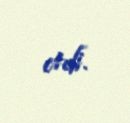
etdi.